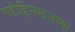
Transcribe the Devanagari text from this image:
गडीहिन्ग्लजच्या